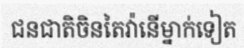
ជនជាតិចិនតៃវ៉ានើម្នាក់ទៀត